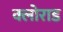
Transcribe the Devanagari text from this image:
क्लोराड